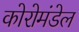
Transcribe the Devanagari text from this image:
कोरोमंडेल